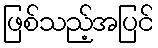
ဖြစ်သည့်အပြင်